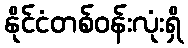
နိုင်ငံတစ်ဝန်းလုံးရှိ